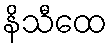
နိသီထေ